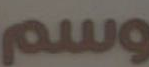
وسم